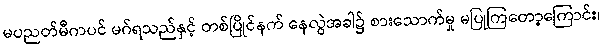
မပညတ်မီကပင် မဂ်ရသည်နှင့် တစ်ပြိုင်နက် နေလွဲအခါ၌ စားသောက်မှု မပြုကြတော့ကြောင်း၊